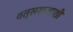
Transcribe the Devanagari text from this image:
वत्सराजाशी